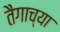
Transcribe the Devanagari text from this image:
तैगाच्या